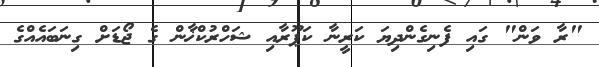
"ރާ ވަން" ގައި ފެނިގެންދިޔަ ކަރީނާ ކަޕޫރާއި ޝަހްރުކްޚާން ގެ ޖޯޑަށް ގިނަބައެއްގެ